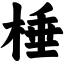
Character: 棰